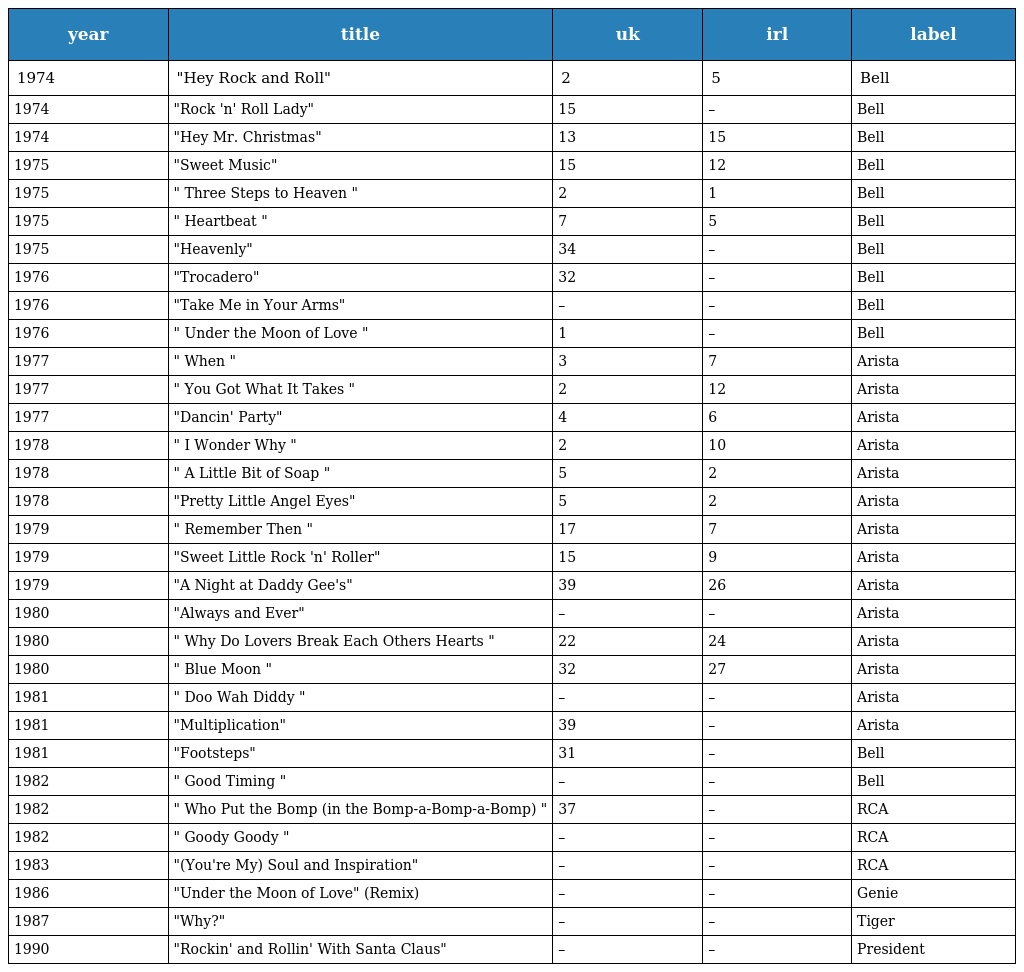
| year | title | uk | irl | label |
 | --- | --- | --- | --- | --- |
 | 1974 | "Hey Rock and Roll" | 2 | 5 | Bell |
 | 1974 | "Rock 'n' Roll Lady" | 15 | – | Bell |
 | 1974 | "Hey Mr. Christmas" | 13 | 15 | Bell |
 | 1975 | "Sweet Music" | 15 | 12 | Bell |
 | 1975 | " Three Steps to Heaven " | 2 | 1 | Bell |
 | 1975 | " Heartbeat " | 7 | 5 | Bell |
 | 1975 | "Heavenly" | 34 | – | Bell |
 | 1976 | "Trocadero" | 32 | – | Bell |
 | 1976 | "Take Me in Your Arms" | – | – | Bell |
 | 1976 | " Under the Moon of Love " | 1 | – | Bell |
 | 1977 | " When " | 3 | 7 | Arista |
 | 1977 | " You Got What It Takes " | 2 | 12 | Arista |
 | 1977 | "Dancin' Party" | 4 | 6 | Arista |
 | 1978 | " I Wonder Why " | 2 | 10 | Arista |
 | 1978 | " A Little Bit of Soap " | 5 | 2 | Arista |
 | 1978 | "Pretty Little Angel Eyes" | 5 | 2 | Arista |
 | 1979 | " Remember Then " | 17 | 7 | Arista |
 | 1979 | "Sweet Little Rock 'n' Roller" | 15 | 9 | Arista |
 | 1979 | "A Night at Daddy Gee's" | 39 | 26 | Arista |
 | 1980 | "Always and Ever" | – | – | Arista |
 | 1980 | " Why Do Lovers Break Each Others Hearts " | 22 | 24 | Arista |
 | 1980 | " Blue Moon " | 32 | 27 | Arista |
 | 1981 | " Doo Wah Diddy " | – | – | Arista |
 | 1981 | "Multiplication" | 39 | – | Arista |
 | 1981 | "Footsteps" | 31 | – | Bell |
 | 1982 | " Good Timing " | – | – | Bell |
 | 1982 | " Who Put the Bomp (in the Bomp-a-Bomp-a-Bomp) " | 37 | – | RCA |
 | 1982 | " Goody Goody " | – | – | RCA |
 | 1983 | "(You're My) Soul and Inspiration" | – | – | RCA |
 | 1986 | "Under the Moon of Love" (Remix) | – | – | Genie |
 | 1987 | "Why?" | – | – | Tiger |
 | 1990 | "Rockin' and Rollin' With Santa Claus" | – | – | President |